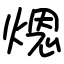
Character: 煾